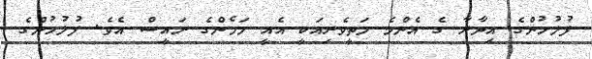
ފުލުހުންގެ އިދާރާ ގެ އެންމެ މަތީވެރިއަކީ އެއީ މަމެންގެ ރައީސް އެވެ. ފުލުހުންގެ